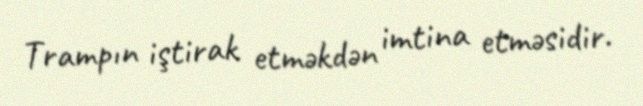
Trampın iştirak etməkdən imtina etməsidir.